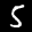
Label: 5